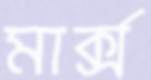
মার্ক্স